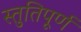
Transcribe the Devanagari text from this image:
स्तुतिपूर्ण